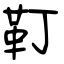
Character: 靪